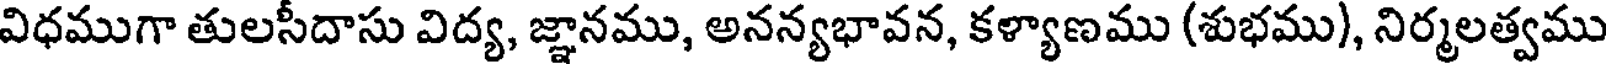
విధముగా తులసీదాసు విద్య, జ్ఞానము, అనన్యభావన, కళ్యాణము (శుభము), నిర్మలత్వము